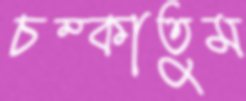
চম্‌কাতুম